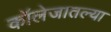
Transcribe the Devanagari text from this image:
कॉलेजातल्या